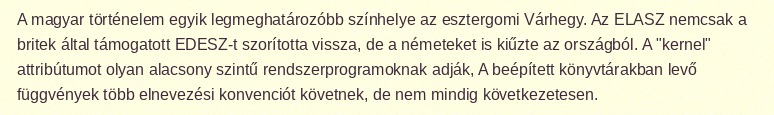
A magyar történelem egyik legmeghatározóbb színhelye az esztergomi Várhegy. Az ELASZ nemcsak a britek által támogatott EDESZ-t szorította vissza, de a németeket is kiűzte az országból. A "kernel" attribútumot olyan alacsony szintű rendszerprogramoknak adják, A beépített könyvtárakban levő függvények több elnevezési konvenciót követnek, de nem mindig következetesen.